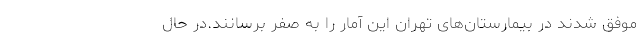
موفق شدند در بیمارستان‌های تهران این آمار را به صفر برسانند.در حال